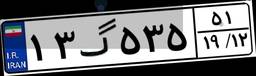
۱۳گ۵۳۵۵۱